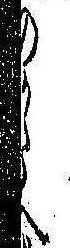
のかたへ